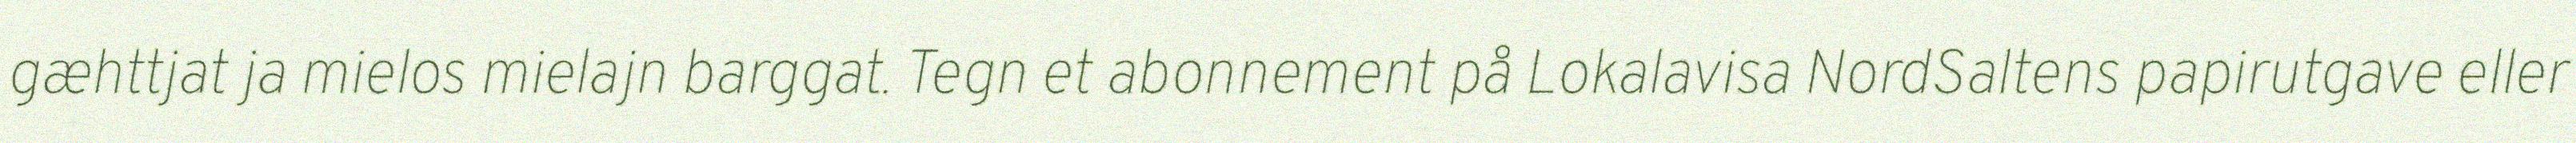
gæhttjat ja mielos mielajn barggat. Tegn et abonnement på Lokalavisa NordSaltens papirutgave eller